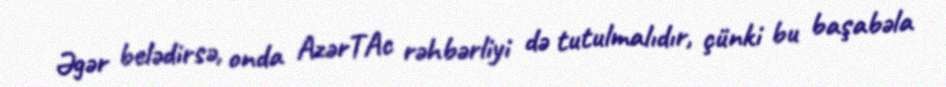
Əgər belədirsə, onda AzərTAc rəhbərliyi də tutulmalıdır, çünki bu başabəla